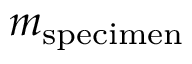
m _ { \mathrm { s p e c i m e n } }